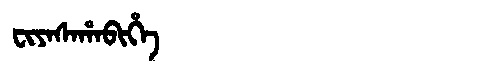
Manchu: ᠸᡳᠶᠠᠰᠠᡥᠠᠪᡳᡥᡝ
Romanization: FIYASAHABIHE